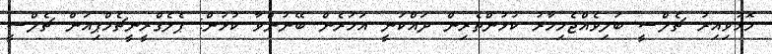
މޮޅުވިއިރު ޗެލްސީ ބަލިވެއްޖެމިހާރު ކުޅުންތެރިން ދައްކަނީ އަހަރެން ބޭނުންވާ ކުޅުން: ޕެލެގްރީނީޗެމްޕިއަން ޗެލްސީ